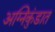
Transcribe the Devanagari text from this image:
अग्निकुंडात